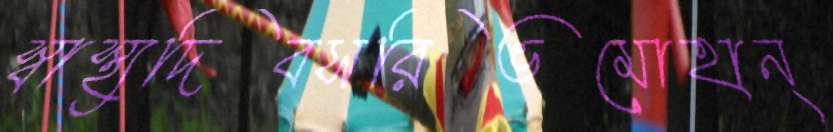
স্বাস্থ্যদিবসরিভমোহান্